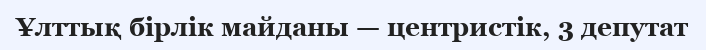
Ұлттық бірлік майданы — центристік, 3 депутат